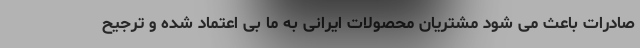
صادرات باعث می شود مشتریان محصولات ایرانی به ما بی اعتماد شده و ترجیح